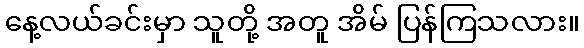
နေ့လယ်ခင်းမှာ သူတို့ အတူ အိမ် ပြန်ကြသလား။